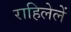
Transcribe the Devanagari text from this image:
राहिलेलें